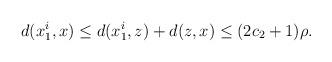
LaTeX: \begin{gather*}d(x_1^i,x)\le d(x_1^i,z)+ d(z,x) \le (2c_2+1)\rho.\end{gather*}